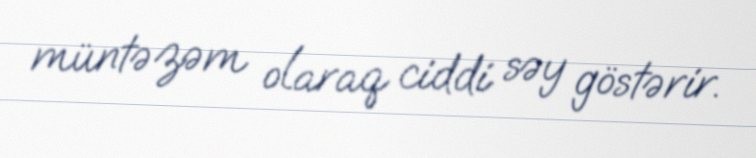
müntəzəm olaraq ciddi səy göstərir.